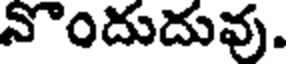
నొందుదువు.